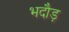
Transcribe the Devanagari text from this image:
भदौड़